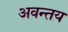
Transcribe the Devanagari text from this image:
अवन्तय